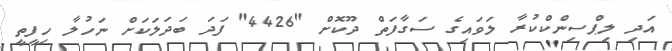
އަދި ލިޕްސިންކްކުރާ ލަވައިގެ ސަގާފަތް ދޫކޮށް "4426" ފަދަ ބަދަލަކަށް ނަހުލާ ހިފީތީ